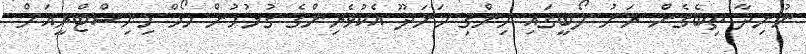
ނުނިދާ ތިބެގެން ރަށު ލޯބީގައި ހިންގި މަނަދޫ އެކުވެރިންގެ ގުޅުމުން ހޯމް މިނިސްޓްރީއަށް